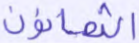
الثمانون